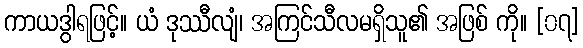
ကာယဒွါရဖြင့်။ ယံ ဒုဿီလျံ၊ အကြင်သီလမရှိသူ၏ အဖြစ် ကို။ [၀၇]